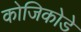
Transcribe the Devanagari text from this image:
कोजिकोडे